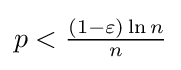
p<{\tfrac {(1-\varepsilon )\ln n}{n}}